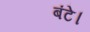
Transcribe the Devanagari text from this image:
बंटे।